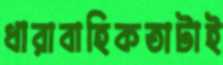
ধারাবাহিকতাটাই